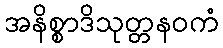
အနိစ္စာဒိသုတ္တနဝကံ